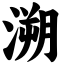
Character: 溯